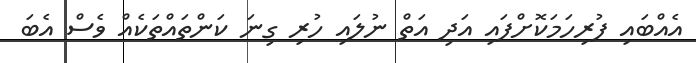
އެއްބައި ފުރިހަމަކޮށްފައި އަދި އަތް ނުލައި ހުރި ގިނަ ކަންތައްތަކެއް ވެސް އެބަ